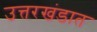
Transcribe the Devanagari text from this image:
उत्तरखंडात